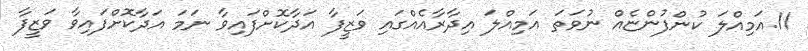
11.އަމިއްލަ ކުންފުންޏެއް ނުވަތަ އަމިއްލަ އިދާރާއެއްގައި ވަޒީފާ އަދާކޮށްފައިވާ ނަމަ އަދާކޮށްފައިވާ ވަޒީފާ